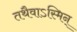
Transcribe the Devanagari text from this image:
तथैवाऽस्मिन्